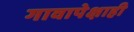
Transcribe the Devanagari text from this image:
गावापेक्षाही